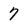
Character: 7